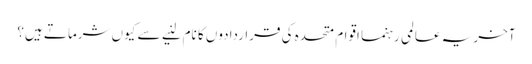
آخر یہ عالمی رہنما اقوام متحدہ کی قراردادوں کا نام لنیے سے کیوں شرماتے ہیں؟